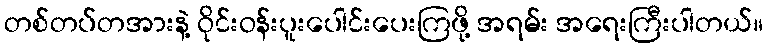
တစ်တပ်တအားနဲ့ ဝိုင်းဝန်းပူးပေါင်းပေးကြဖို့ အရမ်း အရေးကြီးပါတယ်။